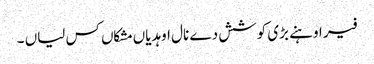
فیر اوہنے بڑی کوشش دے نال اوہدیاں مشکاں کس لیاں ۔